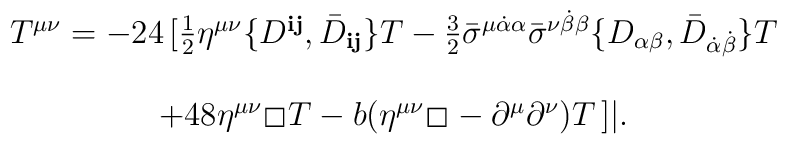
\begin{array}{c}T^{\mu\nu} = -24 \,  [  \frac{1}{2} \eta^{\mu\nu} \{ D^{{\mathbf i}{\mathbf j}} ,{\bar D}_{{\mathbf i}{\mathbf j}} \}  T- \frac{3}{2} {\bar \sigma}^{\mu \dot\alpha\alpha}  {\bar\sigma}^{\nu\dot\beta\beta} \{ D_{\alpha\beta} ,  {\bar D}_{\dot\alpha\dot\beta} \} T \\\\+48 \eta^{\mu\nu} \hspace{0.2ex}\raisebox{.5ex}{\fbox{}}\hspace{0.3ex} T - b ( \eta^{\mu\nu}\hspace{0.2ex}\raisebox{.5ex}{\fbox{}}\hspace{0.3ex} -  \partial^\mu\partial^\nu ) T \,  ] |.\end{array}